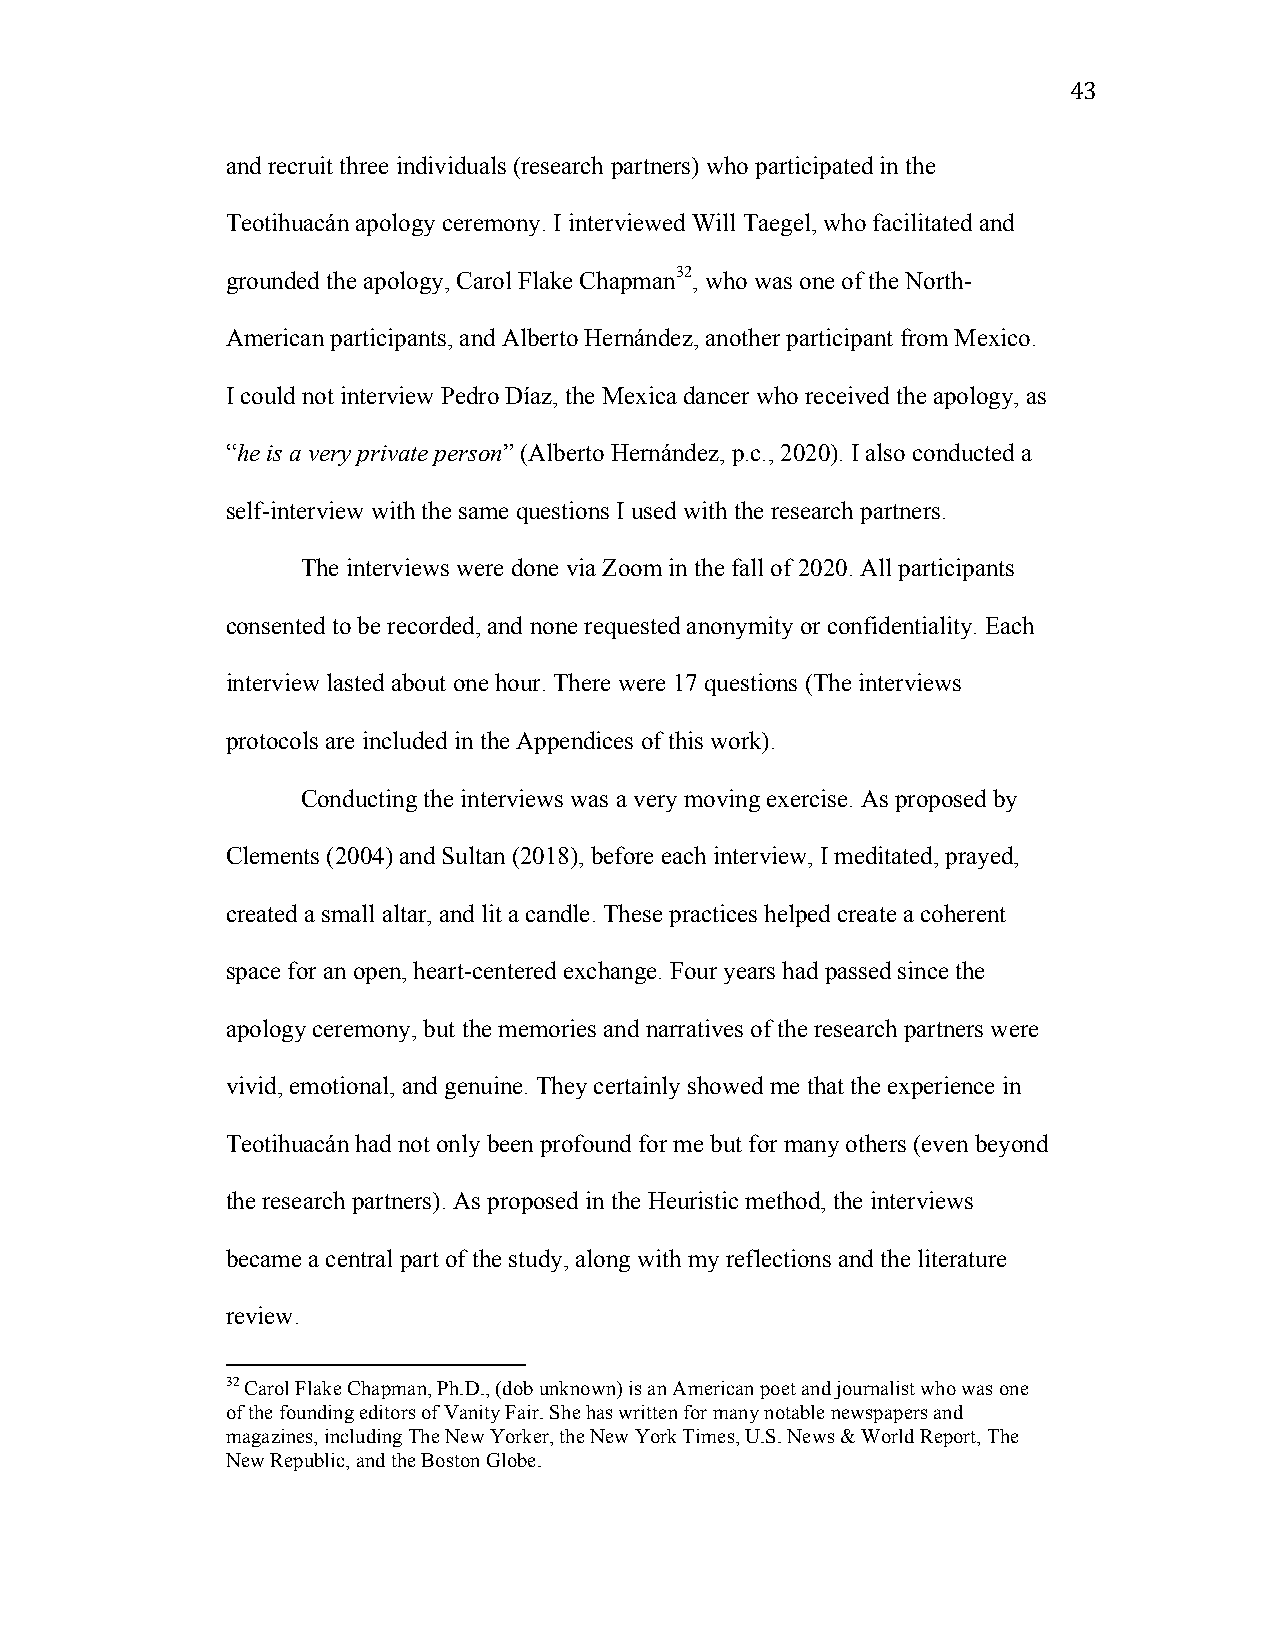
43
 and recruit three individuals (research partners) who participated in the
 Teotihuacán apology ceremony. I interviewed Will Taegel, who facilitated and
 grounded the apology, Carol Flake Chapman32, who was one of the North-
 American participants, and Alberto Hernández, another participant from Mexico.
 I could not interview Pedro Díaz, the Mexica dancer who received the apology, as
 “he is a very private person” (Alberto Hernández, p.c., 2020). I also conducted a
 self-interview with the same questions I used with the research partners.
 The interviews were done via Zoom in the fall of 2020. All participants
 consented to be recorded, and none requested anonymity or confidentiality. Each
 interview lasted about one hour. There were 17 questions (The interviews
 protocols are included in the Appendices of this work).
 Conducting the interviews was a very moving exercise. As proposed by
 Clements (2004) and Sultan (2018), before each interview, I meditated, prayed,
 created a small altar, and lit a candle. These practices helped create a coherent
 space for an open, heart-centered exchange. Four years had passed since the
 apology ceremony, but the memories and narratives of the research partners were
 vivid, emotional, and genuine. They certainly showed me that the experience in
 Teotihuacán had not only been profound for me but for many others (even beyond
 the research partners). As proposed in the Heuristic method, the interviews
 became a central part of the study, along with my reflections and the literature
 review.
 32 Carol Flake Chapman, Ph.D., (dob unknown) is an American poet and journalist who was one
 of the founding editors of Vanity Fair. She has written for many notable newspapers and
 magazines, including The New Yorker, the New York Times, U.S. News & World Report, The
 New Republic, and the Boston Globe.